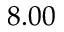
8 . 0 0